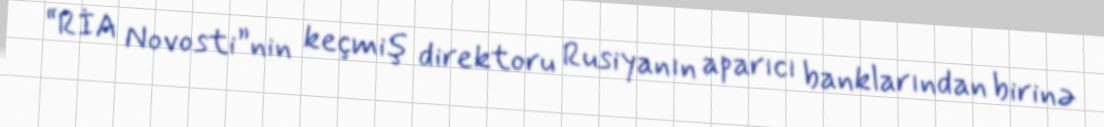
“RİA Novosti”nin keçmiş direktoru Rusiyanın aparıcı banklarından birinə